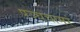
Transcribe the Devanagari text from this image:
पञ्चचामरं